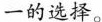
唯一的选择。